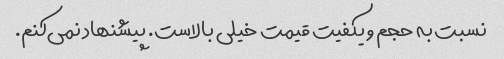
نسبت به حجم و یکفیت قیمت خیلی بالاست. پیشنهاد نمی‌کنم.